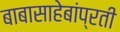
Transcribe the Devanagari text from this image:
बाबासाहेबांप्रती